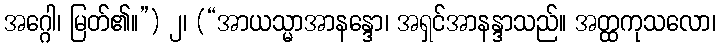
အဂ္ဂေါ၊ မြတ်၏။”) ၂၊ (“အာယသ္မာအာနန္ဒော၊ အရှင်အာနန္ဒာသည်။ အတ္ထကုသလော၊